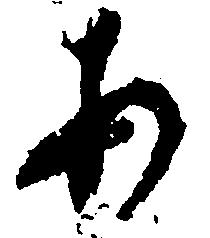
あ